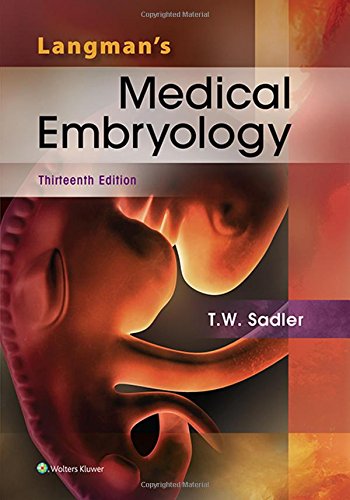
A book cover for Langman's Medical Embryology; T. W. Sadler; Medical Books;